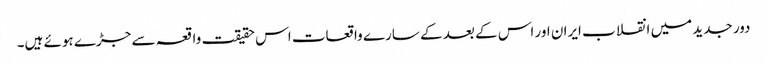
دور جدید میں انقلاب ایران اور اس کے بعد کے سارے واقعات اس حقیقت واقعہ سے جڑے ہوئے ہیں۔